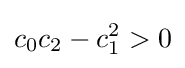
c_{0}c_{2}-c_{1}^{2}>0